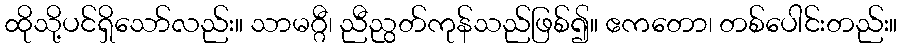
ထိုသို့ပင်ရှိသော်လည်း။ သာမဂ္ဂီ၊ ညီညွတ်ကုန်သည်ဖြစ်၍။ ဧကတော၊ တစ်ပေါင်းတည်း။